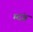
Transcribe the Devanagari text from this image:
म्दंग